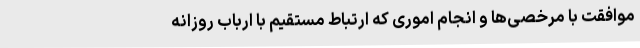
موافقت با مرخصی‌ها و انجام اموری که ارتباط مستقیم با ارباب روزانه